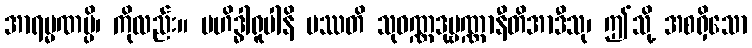
အာရမ္မဏမ္ပိ၊ ကိုလည်း။ ဗဟိဒ္ဓါရူပါနိ ပဿတိ သုဝဏ္ဏဒုဗ္ဗဏ္ဏာနီတိအာဒီသု၊ ဤသို့ အစရှိသော